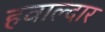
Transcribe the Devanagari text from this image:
हवाल्दार